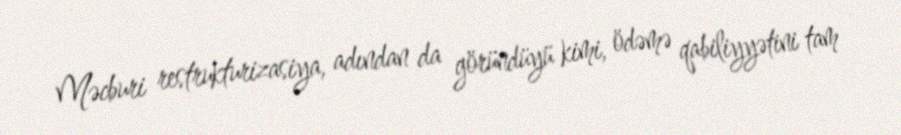
Məcburi restrukturizasiya, adından da göründüyü kimi, ödəmə qabiliyyətini tam